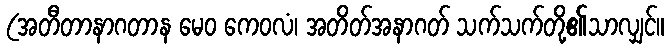
(အတီတာနာဂတာန မေဝ ကေဝလံ၊ အတိတ်အနာဂတ် သက်သက်တို့၏သာလျှင်။